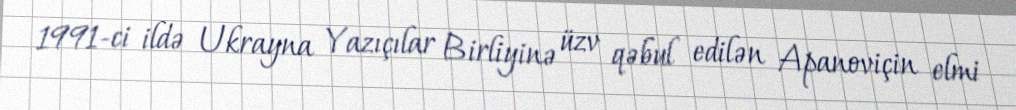
1991-ci ildə Ukrayna Yazıçılar Birliyinə üzv qəbul edilən Apanoviçin elmi